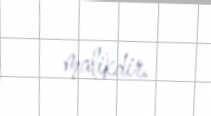
malikdir.